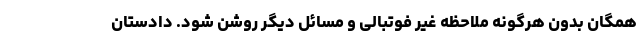
همگان بدون هرگونه ملاحظه غیر فوتبالی و مسائل دیگر روشن شود. دادستان